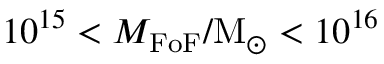
1 0 ^ { 1 5 } < M _ { \mathrm { F o F } } / \mathrm { M } _ { \odot } < 1 0 ^ { 1 6 }